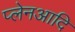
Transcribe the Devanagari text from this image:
प्लेनआदि